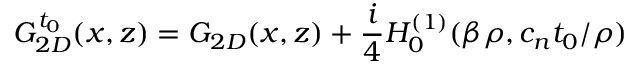
G _ { 2 D } ^ { t _ { 0 } } ( x , z ) = G _ { 2 D } ( x , z ) + \frac { i } { 4 } H _ { 0 } ^ { ( 1 ) } ( \beta \rho , c _ { n } t _ { 0 } / \rho )